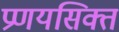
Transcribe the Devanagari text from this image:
प्रणयसिक्त